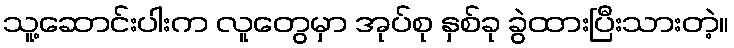
သူ့ဆောင်းပါးက လူတွေမှာ အုပ်စု နှစ်ခု ခွဲထားပြီးသားတဲ့။